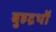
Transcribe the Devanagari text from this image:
बुहद्रथों